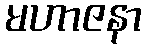
မဟာဇနာ